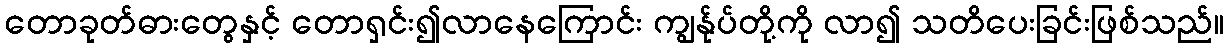
တောခုတ်ဓားတွေနှင့် တောရှင်း၍လာနေကြောင်း ကျွန်ုပ်တို့ကို လာ၍ သတိပေးခြင်းဖြစ်သည်။